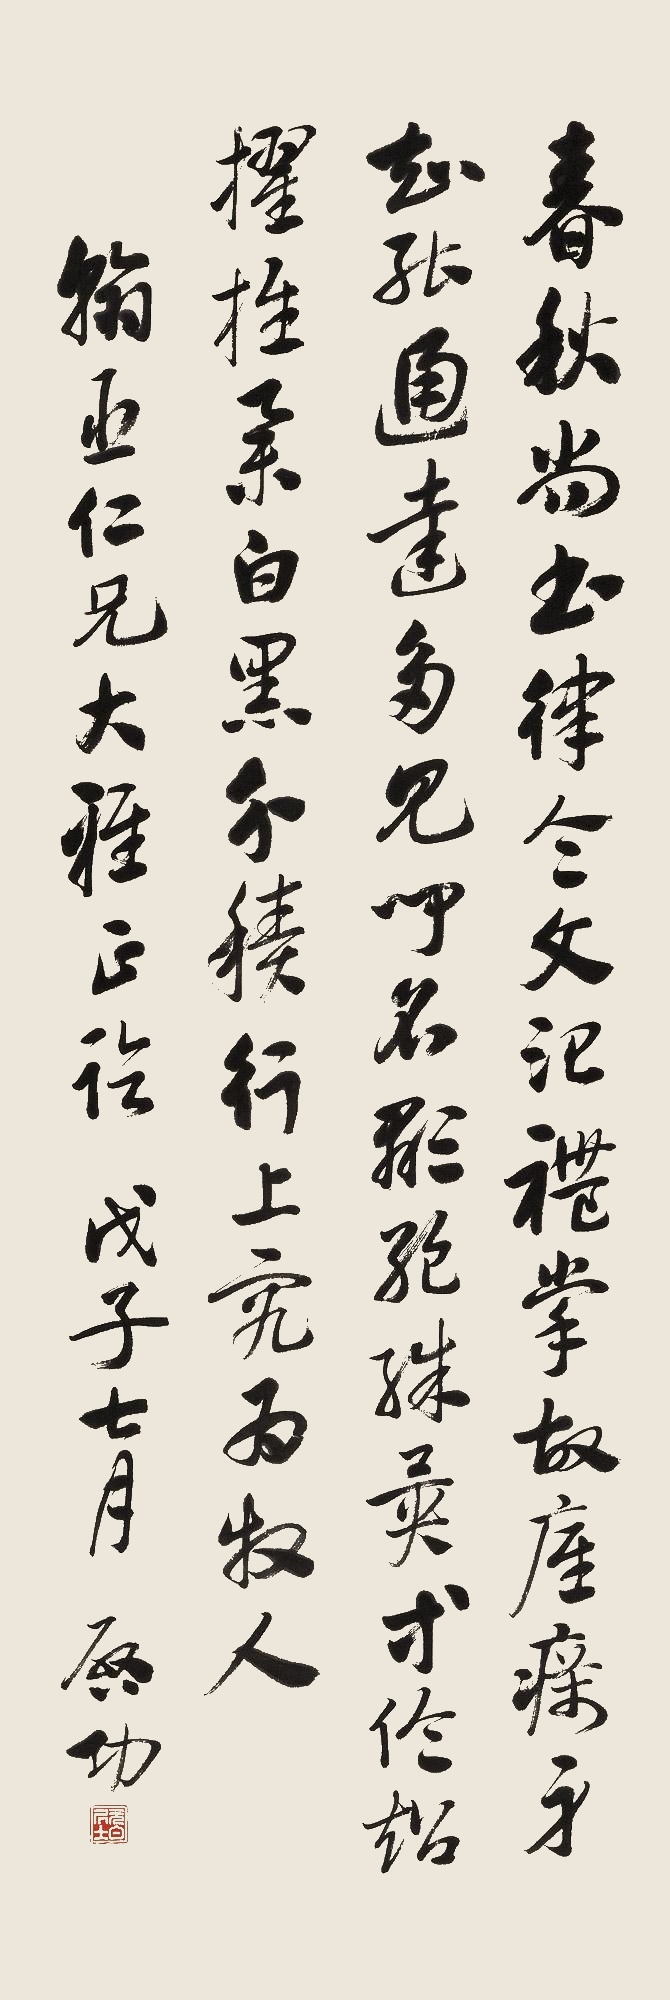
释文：春秋尚书律令文，治礼掌故砥砺身。智能通达多见闻，名显绝殊异等伦。超擢推举白黑分，迹行上究为牧人。翰臣仁兄大雅正临。戊子七月，启功。